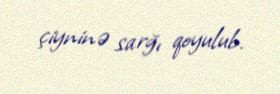
çiyninə sarğı qoyulub.